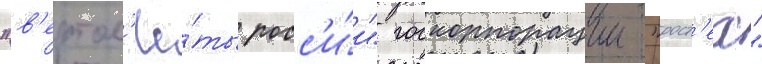
"в'ертол'ё́ты росс'и́и" госкорпорации "рост'ех"